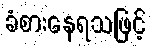
ခံစားနေရသဖြင့်